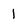
Character: 1